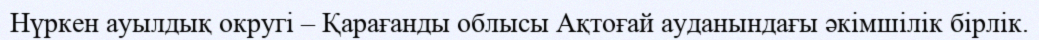
Нүркен ауылдық округі – Қарағанды облысы Ақтоғай ауданындағы әкімшілік бірлік.